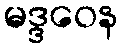
မဒ္ဒဝေန